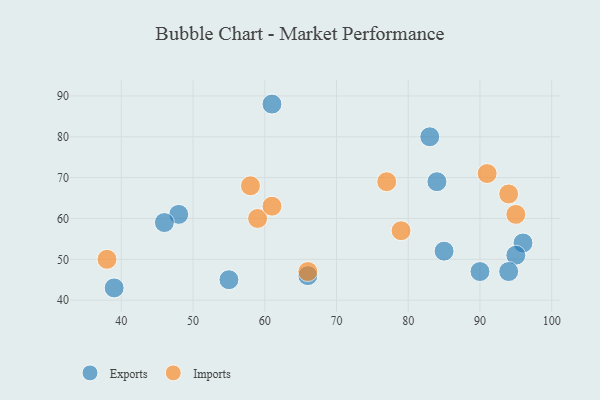
{"axis": {"x": "GDP", "y": "Life Expectancy"}, "legend": ["Exports", "Imports"], "data": [{"x": "39", "y": 43, "type": "Exports"}, {"x": "48", "y": 61, "type": "Exports"}, {"x": "66", "y": 46, "type": "Exports"}, {"x": "90", "y": 47, "type": "Exports"}, {"x": "61", "y": 88, "type": "Exports"}, {"x": "84", "y": 69, "type": "Exports"}, {"x": "85", "y": 52, "type": "Exports"}, {"x": "96", "y": 54, "type": "Exports"}, {"x": "83", "y": 80, "type": "Exports"}, {"x": "95", "y": 51, "type": "Exports"}, {"x": "46", "y": 59, "type": "Exports"}, {"x": "55", "y": 45, "type": "Exports"}, {"x": "94", "y": 47, "type": "Exports"}, {"x": "58", "y": 68, "type": "Imports"}, {"x": "59", "y": 60, "type": "Imports"}, {"x": "79", "y": 57, "type": "Imports"}, {"x": "95", "y": 61, "type": "Imports"}, {"x": "91", "y": 71, "type": "Imports"}, {"x": "38", "y": 50, "type": "Imports"}, {"x": "61", "y": 63, "type": "Imports"}, {"x": "66", "y": 47, "type": "Imports"}, {"x": "94", "y": 66, "type": "Imports"}, {"x": "77", "y": 69, "type": "Imports"}]}